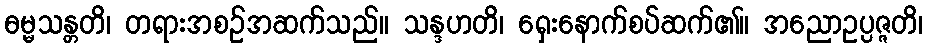
ဓမ္မသန္တတိ၊ တရားအစဉ်အဆက်သည်။ သန္ဒဟတိ၊ ရှေးနောက်စပ်ဆက်၏။ အညောဥပ္ပဇ္ဇတိ၊